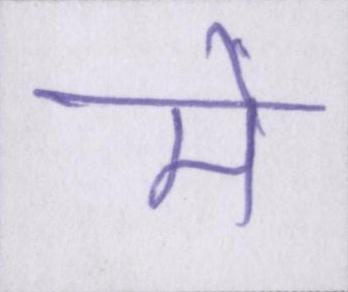
मैँ